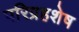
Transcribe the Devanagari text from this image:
परिग्रहशेष